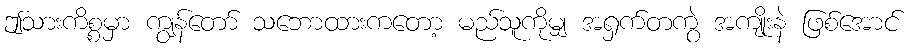
ဤသားကိစ္စမှာ ကျွန်တော် သဘောထားကတော့ မည်သူကိုမျှ အရှက်တကွဲ အကျိုးနဲ ဖြစ်အောင်